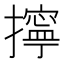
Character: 擰